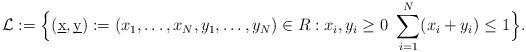
LaTeX: \begin{align*}\mathcal{L}:= \Big\{ (\underbar{x}, \underbar{y}):= (x_1,\ldots, x_N,y_1,\ldots, y_N) \in R : x_i, y_i \geq 0 \ \sum_{i=1}^{N} (x_i + y_i) \leq 1 \Big\}.\end{align*}